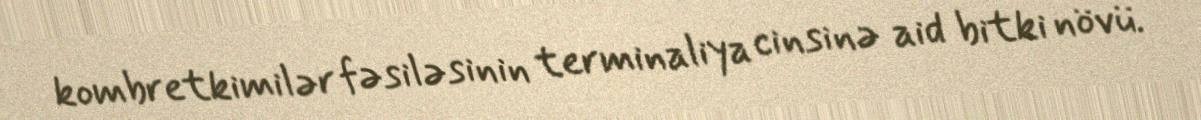
kombretkimilər fəsiləsinin terminaliya cinsinə aid bitki növü.